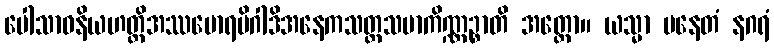
ပေါသာဝနိယဟတ္ထိအဿမောရမိဂါဒိအနေကသတ္တသမာကိဏ္ဏဉ္စာတိ အတ္ထော။ ယသ္မာ ပနေတံ နဂရံ